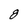
Character: 8